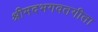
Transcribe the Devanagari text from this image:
श्रीमदभगवतगीता